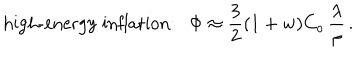
LaTeX: \mathrm { h i g h - e n e r g y ~ i n f l a t i o n : } \Phi \approx { \frac { 3 } { 2 } } ( 1 + w ) C _ { o } \, { \frac { \lambda } { \rho } } \, .